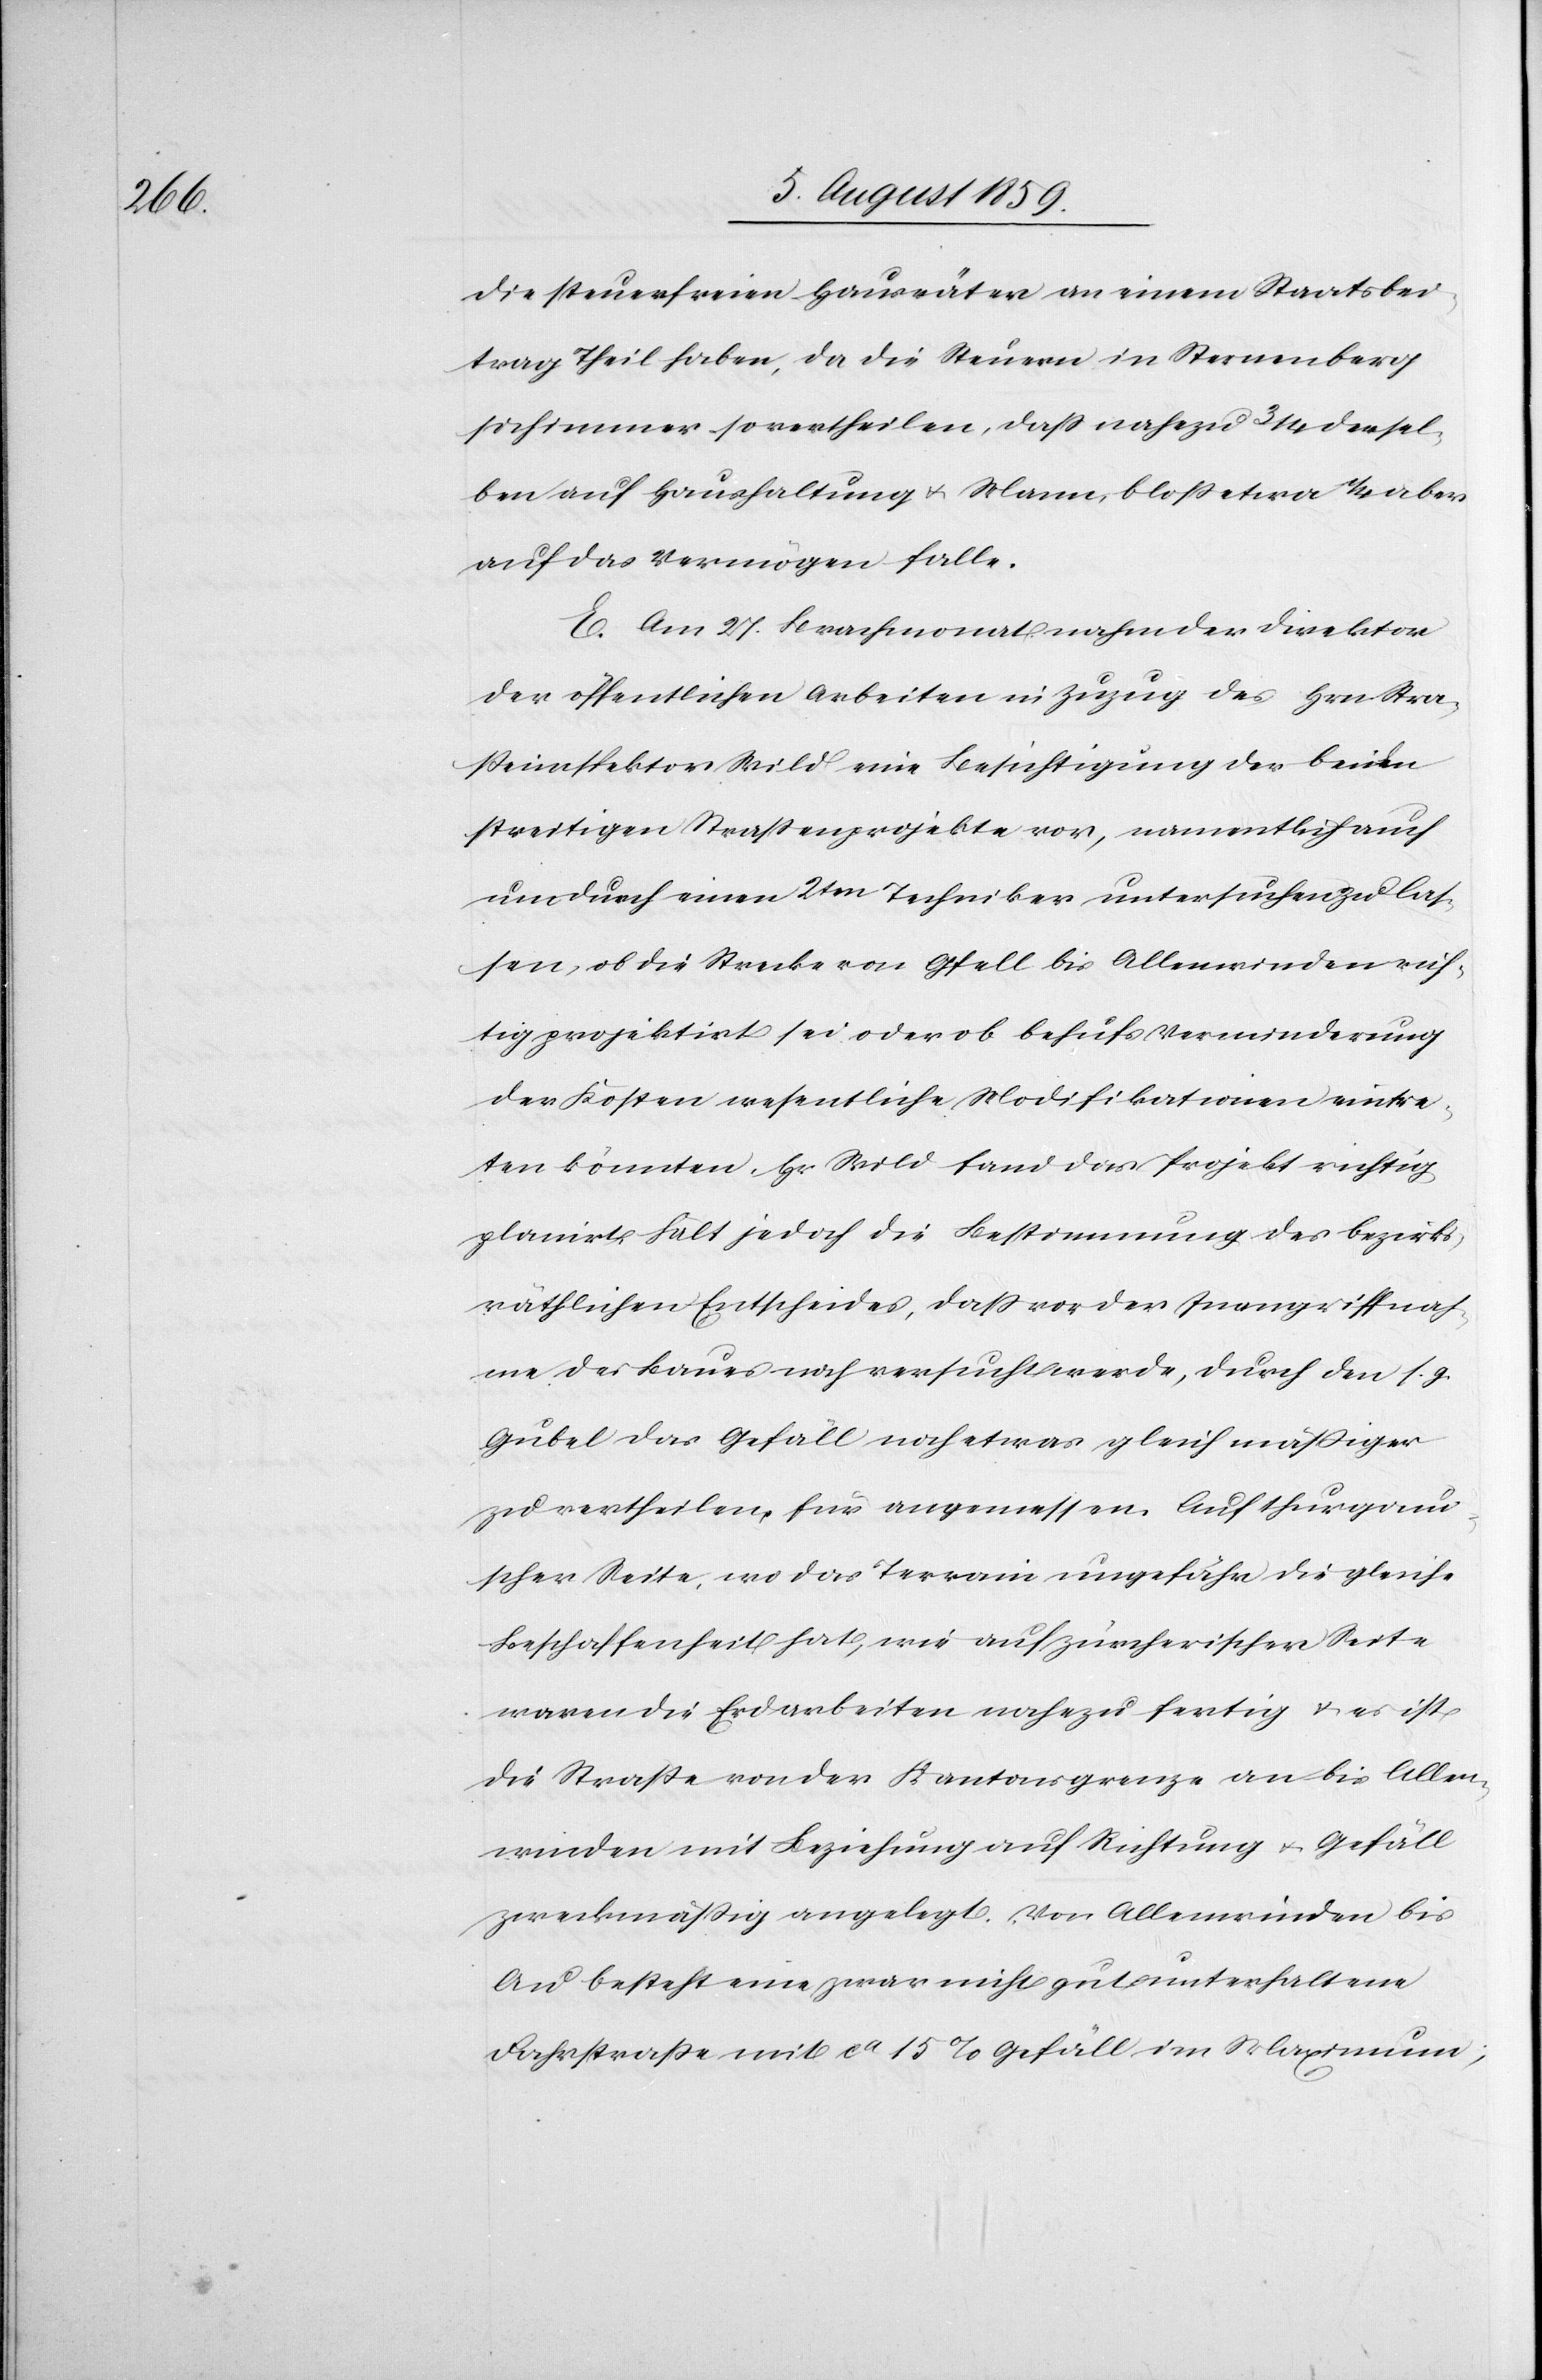
die steuerfreien Hausväter an einem Staatsbei¬
trag Theil haben, da die Steuern in Sternenberg
sich immer so vertheilen, daß nahezu 3/4 dersel¬
ben auf Haushaltung u. Mann, bloß etwa 1/4 aber
auf das Vermögen falle.
E. Am 27. Brachmonat nahm der Direktor
der öffentlichen Arbeiten in Zuzug des Hrn. Stra¬
ßeninspektor Wild eine Besichtigung der beiden
streitigen Straßenprojekte vor, namentlich auch
um durch einen 2ten Techniker untersuchen zu las¬
sen, ob die Strecke von Gfell bis Allenwinden rich¬
tig projektirt sei oder ob behufs Verminderung
der Kosten wesentliche Modifikationen eintre¬
ten könnten. Hr. Wild fand das Projekt richtig
planirt hält jedoch die Bestimmung des bezirks¬
räthlichen Entscheides, daß vor der Inangriffnah¬
me des Baues noch versucht werde, durch den s. g.
Gubel das Gefäll noch etwas gleichmäßiger
zu vertheilen, für angemessen. Auf thurgaui¬
scher Seite, wo das Terrain ungefähr die gleiche
Beschaffenheit hat, wie auf zürcherischer Seite
waren die Erdarbeiten nahezu fertig u. es ist
die Straße von der Kantonsgrenze an bis Allen¬
winden mit Beziehung auf Richtung u. Gefäll
zweckmäßig angelegt. Von Allenwinden bis
Au besteht eine zwar nicht gut unterhaltene
Fahrstraße mit ca. 15% Gefäll im Maximum;